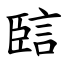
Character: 䛗